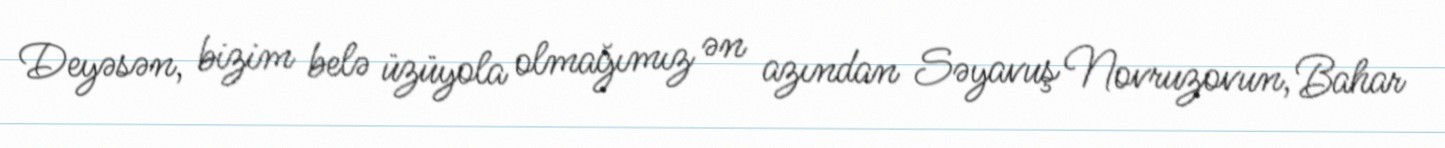
Deyəsən, bizim belə üzüyola olmağımız ən azından Səyavuş Novruzovun, Bahar